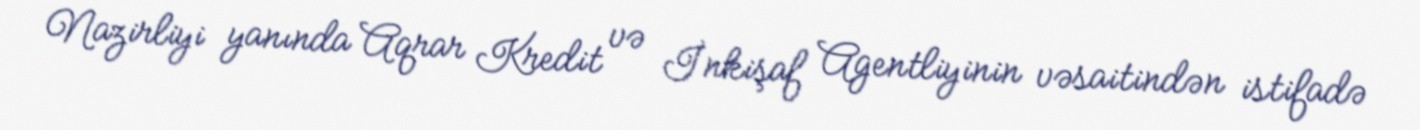
Nazirliyi yanında Aqrar Kredit və İnkişaf Agentliyinin vəsaitindən istifadə